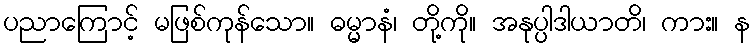
ပညာကြောင့် မဖြစ်ကုန်သော။ ဓမ္မာနံ၊ တို့ကို။ အနုပ္ပါဒါယာတိ၊ ကား။ န